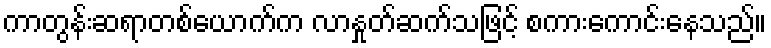
ကာတွန်းဆရာတစ်ယောက်က လာနှုတ်ဆက်သဖြင့် စကားကောင်းနေသည်။